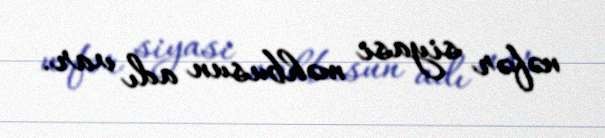
nəfər siyasi məhbusun adı var.